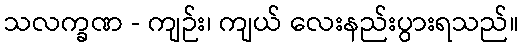
သလက္ခဏ - ကျဉ်း၊ ကျယ် လေးနည်းပွားရသည်။